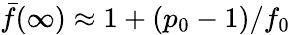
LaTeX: \bar{f}(\infty)\approx 1+(p_{0}-1)/f_{0}